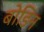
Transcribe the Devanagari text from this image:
बोडिन